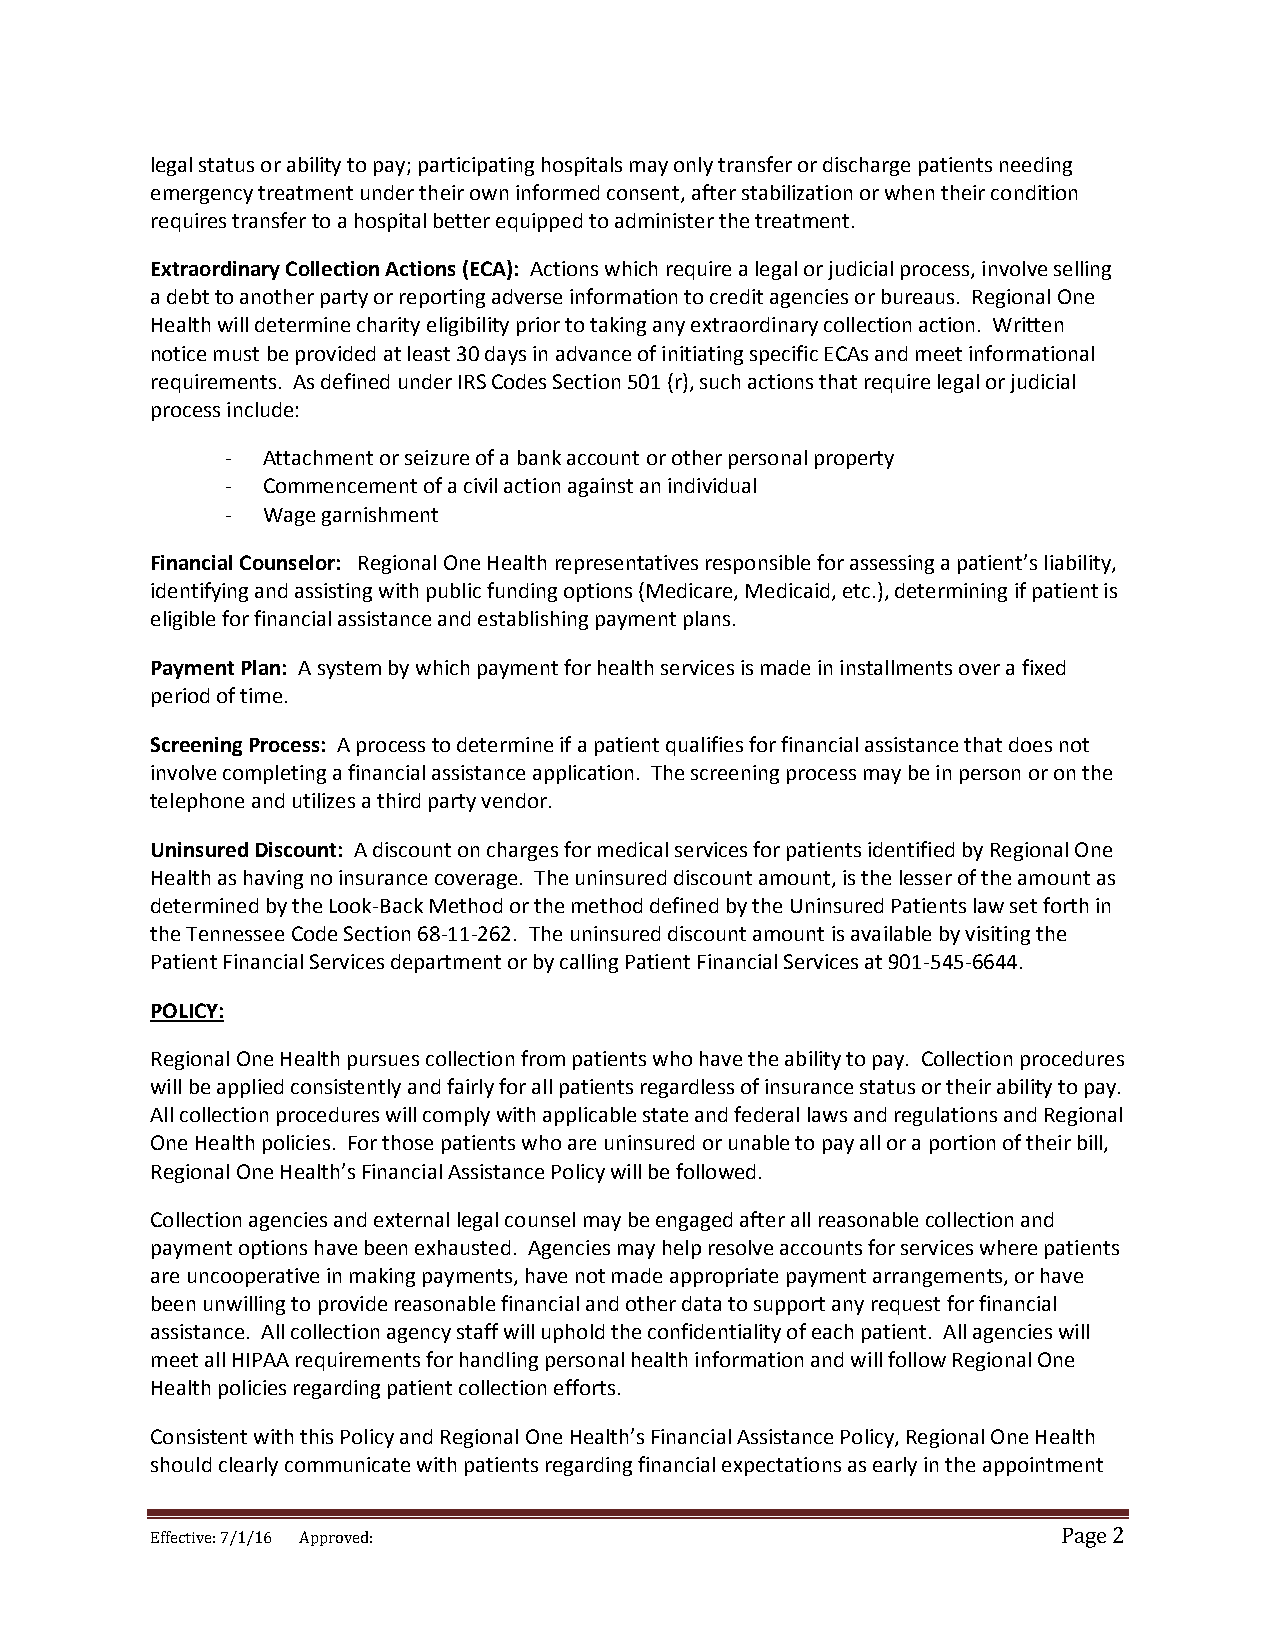
legal status or ability to pay; participating hospitals may only transfer or discharge patients needing
 emergency treatment under their own informed consent, after stabilization or when their condition
 requires transfer to a hospital better equipped to administer the treatment.
 Extraordinary Collection Actions (ECA): Actions which require a legal or judicial process, involve selling
 a debt to another party or reporting adverse information to credit agencies or bureaus. Regional One
 Health will determine charity eligibility prior to taking any extraordinary collection action. Written
 notice must be provided at least 30 days in advance of initiating specific ECAs and meet informational
 requirements. As defined under IRS Codes Section 501 (r), such actions that require legal or judicial
 process include:
 - Attachment or seizure of a bank account or other personal property
 - Commencement of a civil action against an individual
 - Wage garnishment
 Financial Counselor: Regional One Health representatives responsible for assessing a patient’s liability,
 identifying and assisting with public funding options (Medicare, Medicaid, etc.), determining if patient is
 eligible for financial assistance and establishing payment plans.
 Payment Plan: A system by which payment for health services is made in installments over a fixed
 period of time.
 Screening Process: A process to determine if a patient qualifies for financial assistance that does not
 involve completing a financial assistance application. The screening process may be in person or on the
 telephone and utilizes a third party vendor.
 Uninsured Discount: A discount on charges for medical services for patients identified by Regional One
 Health as having no insurance coverage. The uninsured discount amount, is the lesser of the amount as
 determined by the Look-Back Method or the method defined by the Uninsured Patients law set forth in
 the Tennessee Code Section 68-11-262. The uninsured discount amount is available by visiting the
 Patient Financial Services department or by calling Patient Financial Services at 901-545-6644.
 POLICY:
 Regional One Health pursues collection from patients who have the ability to pay. Collection procedures
 will be applied consistently and fairly for all patients regardless of insurance status or their ability to pay.
 All collection procedures will comply with applicable state and federal laws and regulations and Regional
 One Health policies. For those patients who are uninsured or unable to pay all or a portion of their bill,
 Regional One Health’s Financial Assistance Policy will be followed.
 Collection agencies and external legal counsel may be engaged after all reasonable collection and
 payment options have been exhausted. Agencies may help resolve accounts for services where patients
 are uncooperative in making payments, have not made appropriate payment arrangements, or have
 been unwilling to provide reasonable financial and other data to support any request for financial
 assistance. All collection agency staff will uphold the confidentiality of each patient. All agencies will
 meet all HIPAA requirements for handling personal health information and will follow Regional One
 Health policies regarding patient collection efforts.
 Consistent with this Policy and Regional One Health’s Financial Assistance Policy, Regional One Health
 should clearly communicate with patients regarding financial expectations as early in the appointment
 Effective: 7/1/16 Approved:                                 Page 2